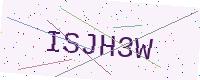
Text: ISJH3W